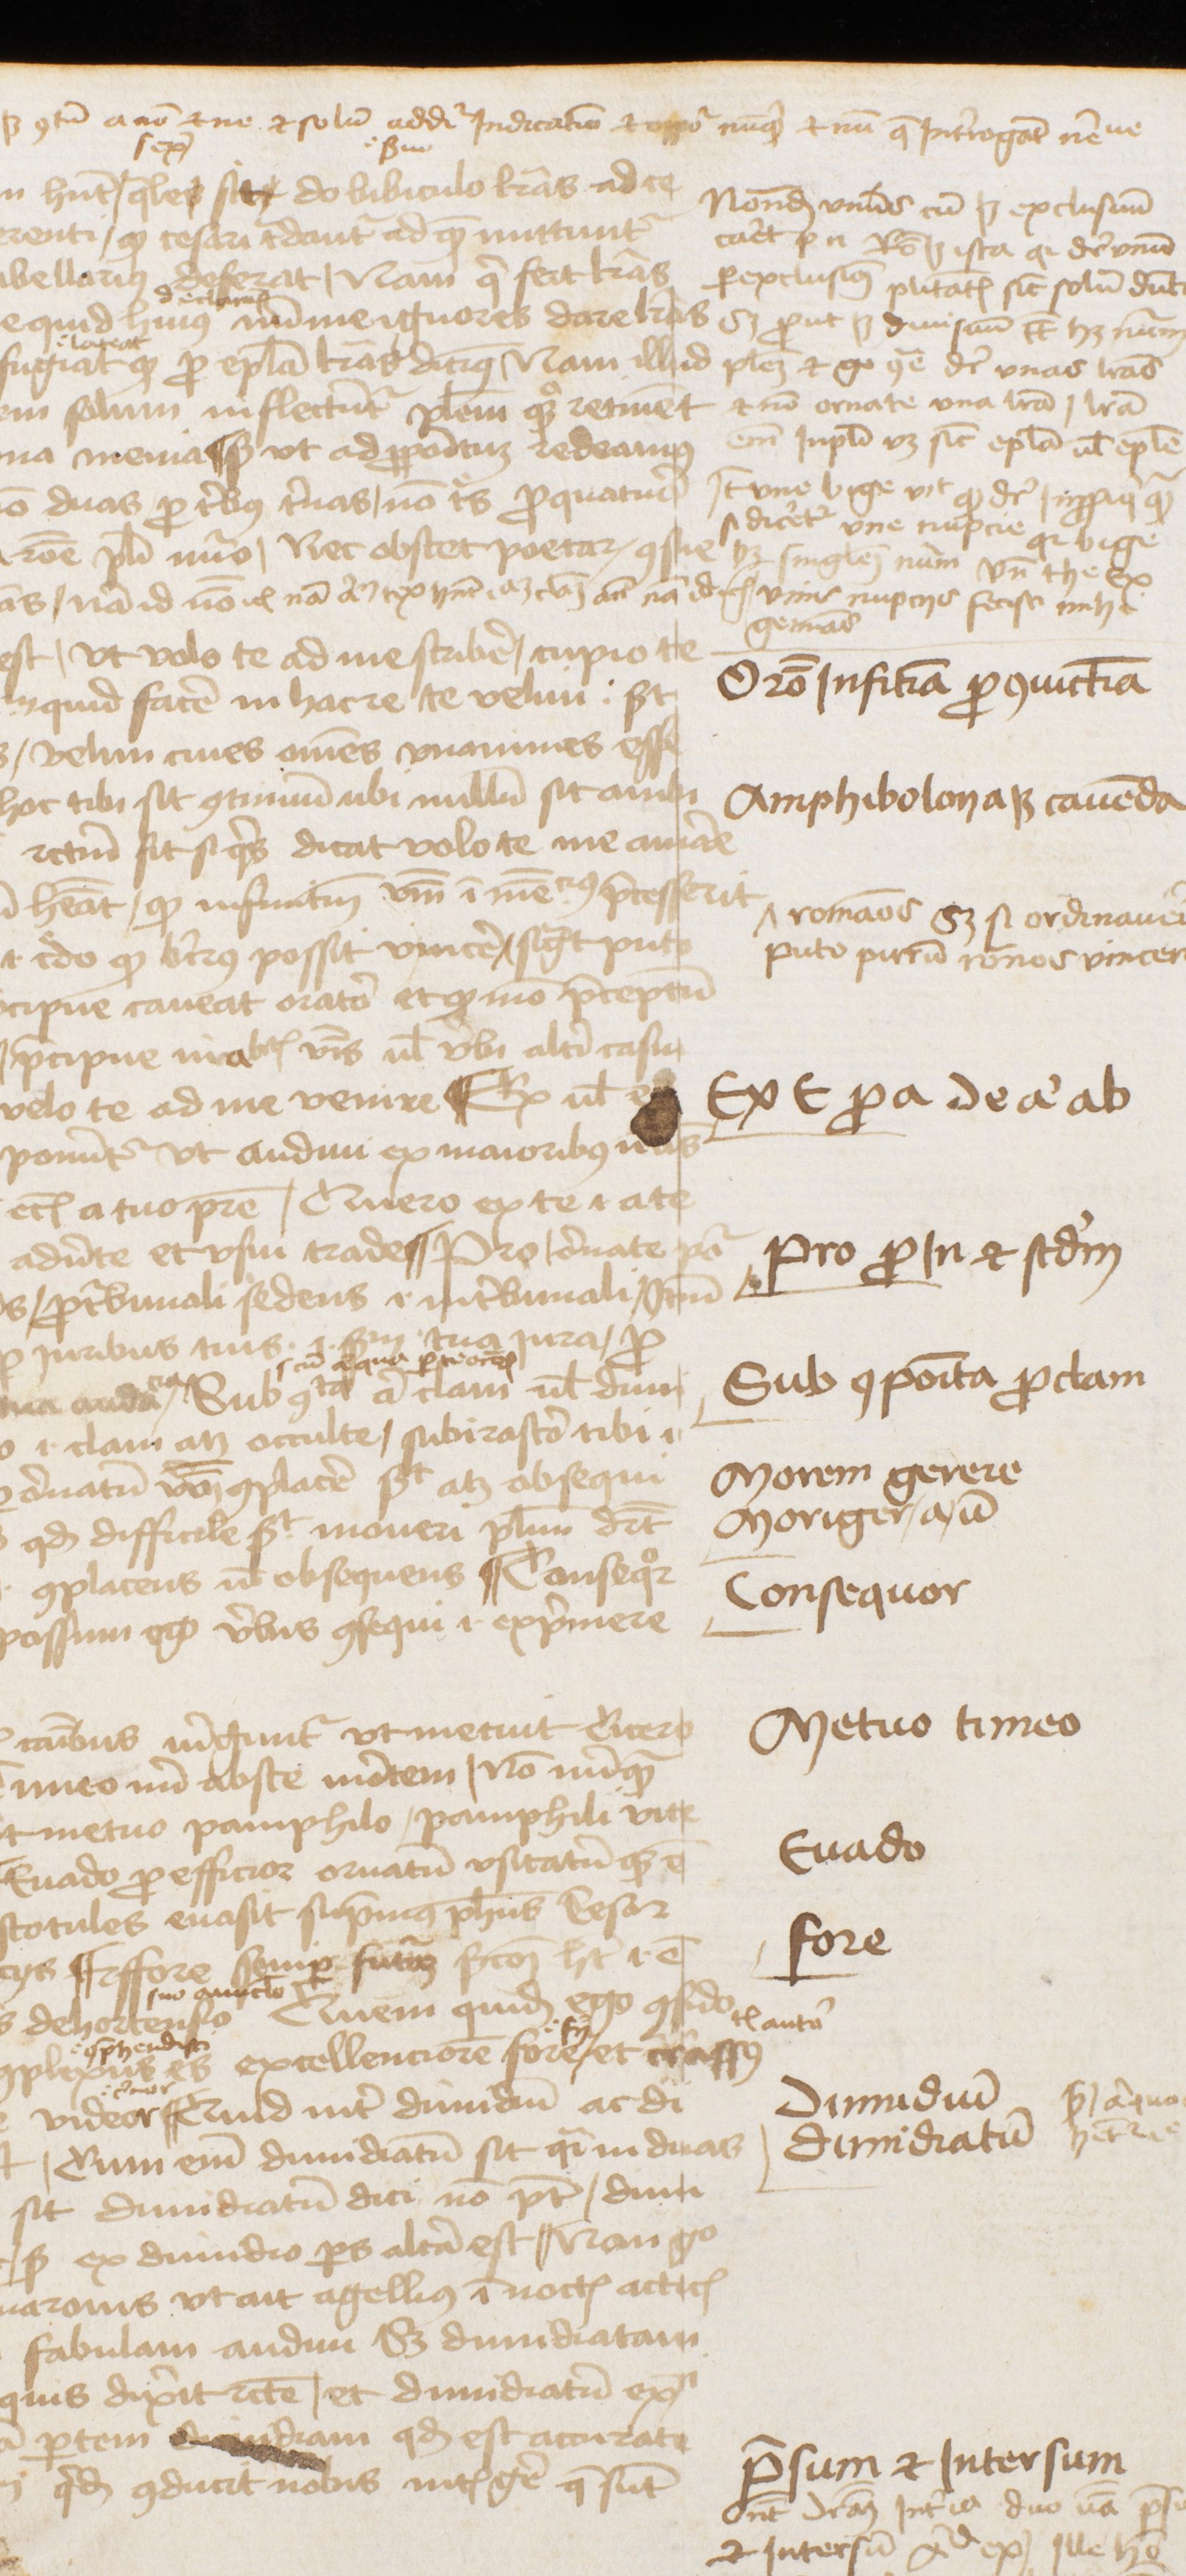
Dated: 1470–1472